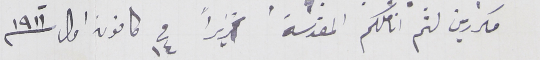
مكررين لثم اناملكم المقدسة تحريراً فى ١٤ كانون اول ١٩١١